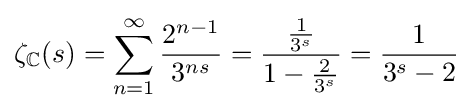
\zeta _{\mathbb {C} }(s)=\sum _{n=1}^{\infty }{\frac {2^{n-1}}{3^{ns}}}={\frac {\frac {1}{3^{s}}}{1-{\frac {2}{3^{s}}}}}={\frac {1}{3^{s}-2}}